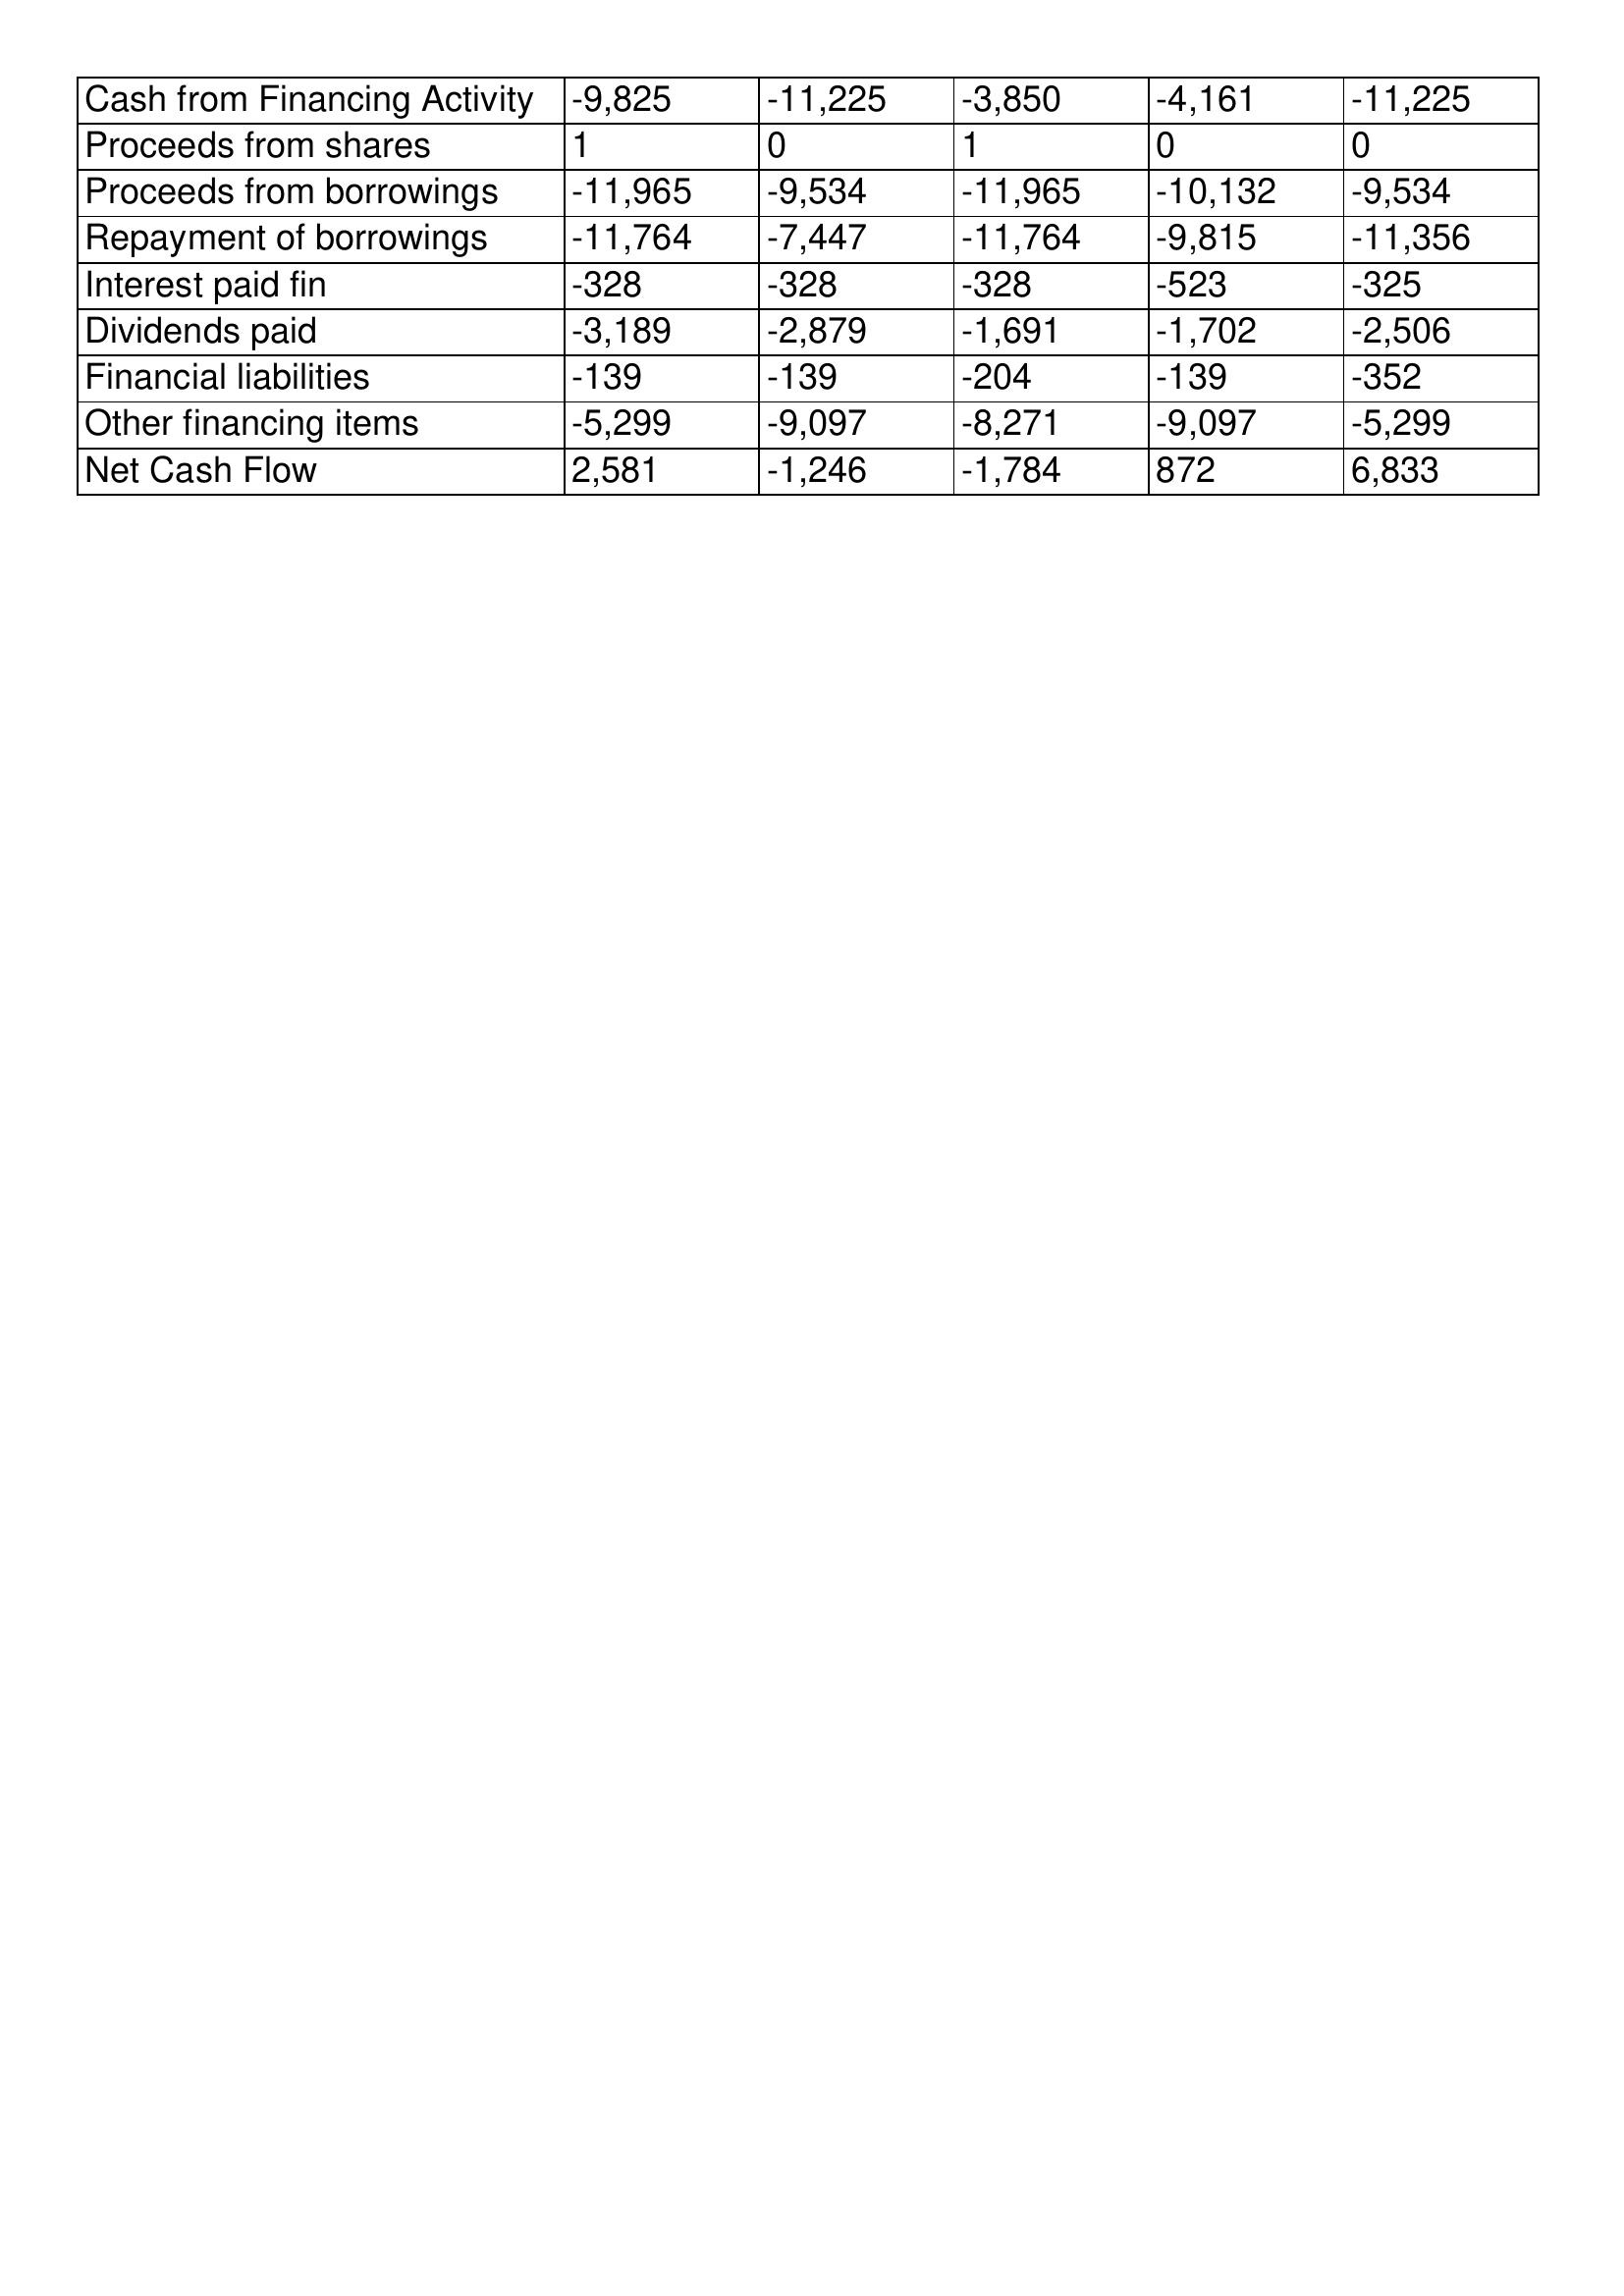
gt_parse: 2008: Cash Flows: Cash from Financing Activity: -9,825
Proceeds from shares: 1
Proceeds from borrowings: -11,965
Repayment of borrowings: -11,764
Interest paid fin: -328
Dividends paid: -3,189
Financial liabilities: -139
Other financing items: -5,299
Net Cash Flow: 2,581
2007: Cash Flows: Cash from Financing Activity: -11,225
Proceeds from shares: 0
Proceeds from borrowings: -9,534
Repayment of borrowings: -7,447
Interest paid fin: -328
Dividends paid: -2,879
Financial liabilities: -139
Other financing items: -9,097
Net Cash Flow: -1,246
2006: Cash Flows: Cash from Financing Activity: -3,850
Proceeds from shares: 1
Proceeds from borrowings: -11,965
Repayment of borrowings: -11,764
Interest paid fin: -328
Dividends paid: -1,691
Financial liabilities: -204
Other financing items: -8,271
Net Cash Flow: -1,784
2005: Cash Flows: Cash from Financing Activity: -4,161
Proceeds from shares: 0
Proceeds from borrowings: -10,132
Repayment of borrowings: -9,815
Interest paid fin: -523
Dividends paid: -1,702
Financial liabilities: -139
Other financing items: -9,097
Net Cash Flow: 872
2004: Cash Flows: Cash from Financing Activity: -11,225
Proceeds from shares: 0
Proceeds from borrowings: -9,534
Repayment of borrowings: -11,356
Interest paid fin: -325
Dividends paid: -2,506
Financial liabilities: -352
Other financing items: -5,299
Net Cash Flow: 6,833